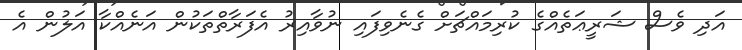
އަދި ވެސް ޝަރީޢަތެއްގެ ކުރިމައްޗަށް ގެނެވިފައި ނުވާއިރު އެފަރާތްތަކުން އަނެއްކާ އަލުން އެ